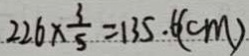
2 2 6 \times \frac { 3 } { 5 } = 1 3 5 . 6 ( c m )